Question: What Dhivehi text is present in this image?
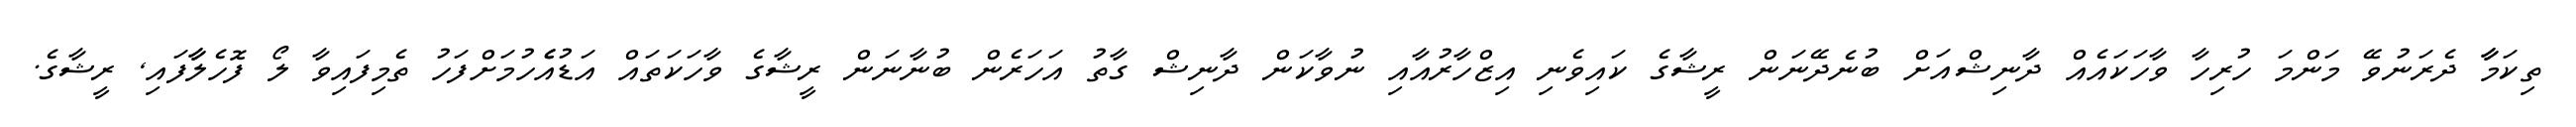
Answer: ތިކަމާާ ދެރަނުވޭ މަންމަ ހުރިހާ ވާހަކައެއް ދާނިޝްއަށް ބުނެދޭނަން ރީޝާގެ ކައިވެނި އިޒްހާރުއާއި ނުވާކަން ދާނިޝް ގާތު އަހަރެން ބުނާނަން ރީޝާގެ ވާހަކަތައް އަޑުއެެހުމަށްފަހު ތެމިފައިވާ ލޯ ފޮހެލާާފައި, ރީޝާގެ.